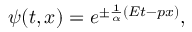
\psi ( t , x ) = e ^ { \pm \frac { 1 } { \alpha } ( E t - p x ) } ,